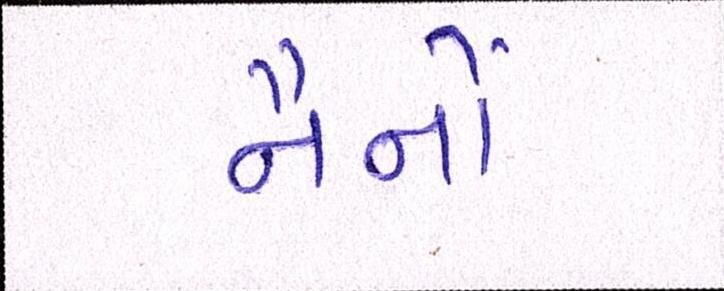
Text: નૈનોં